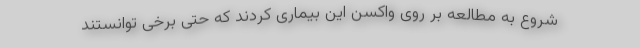
شروع به مطالعه بر روی واکسن این بیماری کردند که حتی برخی توانستند